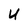
Character: U